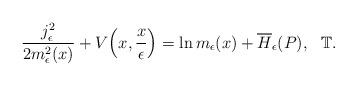
LaTeX: \begin{align*}\frac{j^2_\epsilon}{2m^2_\epsilon (x )}+V \Big(x,\frac{x}{\epsilon} \Big)=\ln m_\epsilon (x )+\overline{H}_\epsilon (P ), \ \ \mathbb{T}.\end{align*}